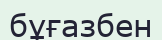
бұғазбен